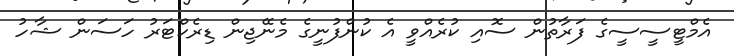
އެމްޓީސީސީގެ ފަރާތުން ސޮއި ކުރެއްވީ އެ ކުންފުނީގެ މެނޭޖިން ޑިރެކްޓަރު ހަސަން ޝާހު